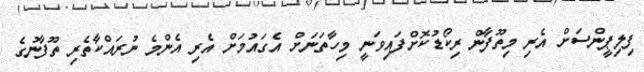
ފިލިޕީންސަށް އެރި މިތޫފާން ރިކޯޑުކޮށްފައިވަނީ މިހާތަނަށް އެގައުމަށް އެރި އެންމެ ނުރައްކާތެރި ތޫފާނުގެ